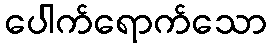
ပေါက်ရောက်သော